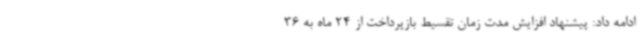
ادامه داد: پیشنهاد افزایش مدت زمان تقسیط بازپرداخت از 24 ماه به 36